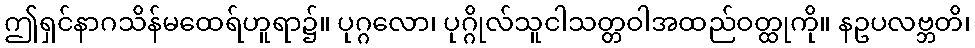
ဤရှင်နာဂသိန်မထေရ်ဟူရာ၌။ ပုဂ္ဂလော၊ ပုဂ္ဂိုလ်သူငါသတ္တဝါအထည်ဝတ္ထုကို။ နဥပလဗ္ဘတိ၊